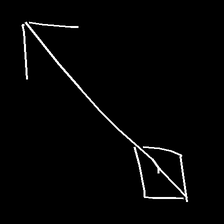
Glyph: focus